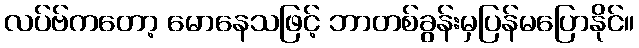
လပ်ဗ်ကတော့ မောနေသဖြင့် ဘာတစ်ခွန်းမှပြန်မပြောနိုင်။